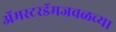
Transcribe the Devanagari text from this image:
ॲमस्टरडॅमजवळच्या